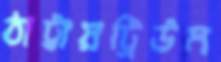
ঠাট্টায়ট্রিউম